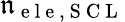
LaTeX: \mathfrak{n}_{\mathrm{{~e~l~e~,~S~C~L~}}}